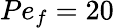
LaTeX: Pe_{f}=20